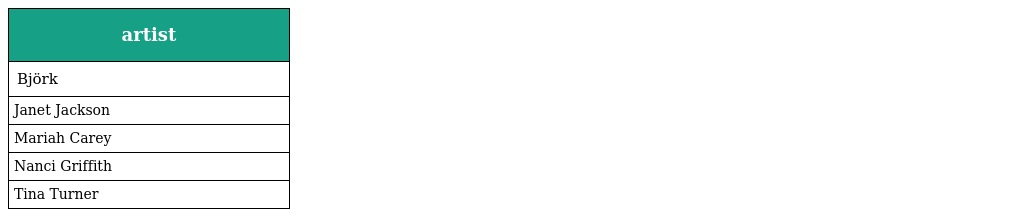
| artist |
 | --- |
 | Björk |
 | Janet Jackson |
 | Mariah Carey |
 | Nanci Griffith |
 | Tina Turner |